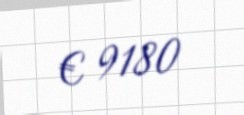
€ 9180